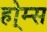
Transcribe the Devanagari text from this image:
हो्म्स